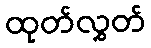
ထုတ်လွှတ်